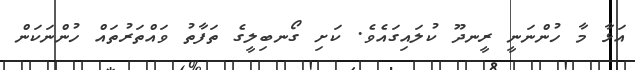
އަޅާ މާ ހުންނަނީ ރީނދޫ ކުލައިގައެވެ. ކަށި ގޯނބިލީގެ ތަފާތު ވައްތަރުތައް ހުންނަކަން